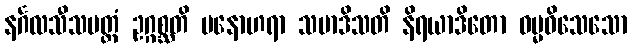
နင်္ဂလသီသမတ္တံ ဥဂ္ဂစ္ဆတိ မနောဟရာ သမာဒိသတိ နိရယာဒိတော ဓမ္မဝိသေသော